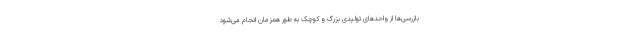
بازرسی‌ها از واحدهای تولیدی بزرگ و کوچک به طور همزمان انجام می‌شود